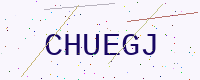
Text: CHUEGJ